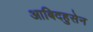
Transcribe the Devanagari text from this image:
आबिदहुसेन